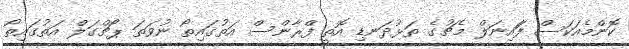
ކޮންމެއަކަސް ފަައިނަލް މެޗުގެ ތަޅުދަނޑި އޮތީ ފްރާންސް އަތުގައިތޯ ނުވަތަ ޕޯޗްގަލް އަތުގައިތޯ